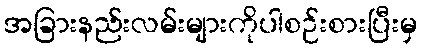
အခြားနည်းလမ်းများကိုပါစဉ်းစားပြီးမှ